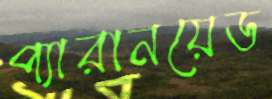
প্যারানয়েড